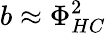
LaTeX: b\approx\Phi_{HC}^{2}